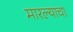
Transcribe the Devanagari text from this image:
मारल्याचा